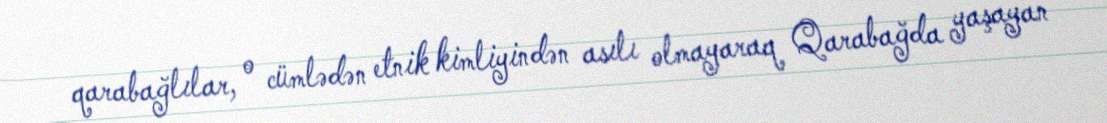
qarabağlılar, o cümlədən etnik kimliyindən asılı olmayaraq Qarabağda yaşayan